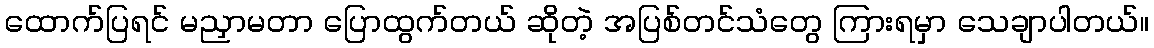
ထောက်ပြရင် မညှာမတာ ပြောထွက်တယ် ဆိုတဲ့ အပြစ်တင်သံတွေ ကြားရမှာ သေချာပါတယ်။